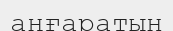
аңғаратын